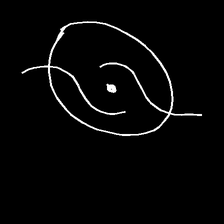
Glyph: repetition